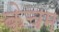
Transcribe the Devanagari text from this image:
केचम